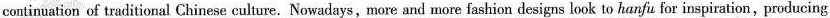
continuation of traditional Chinese culture.Nowadays, more and more fashion designs look to hanfu for inspiration, producing